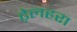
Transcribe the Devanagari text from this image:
ढ़ेलहरा